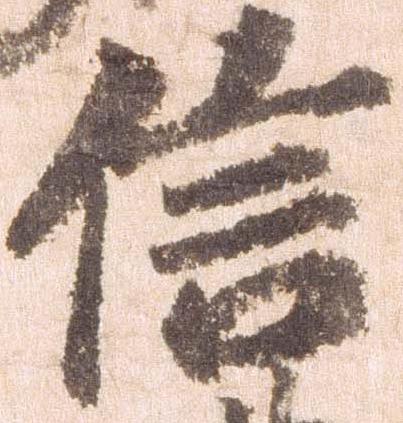
信